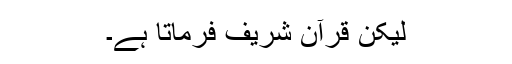
لیکن قرآن شریف فرماتا ہے۔